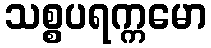
သစ္စပရက္ကမော